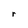
Character: r